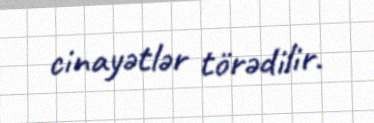
cinayətlər törədilir.